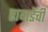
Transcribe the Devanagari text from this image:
रानडेंची